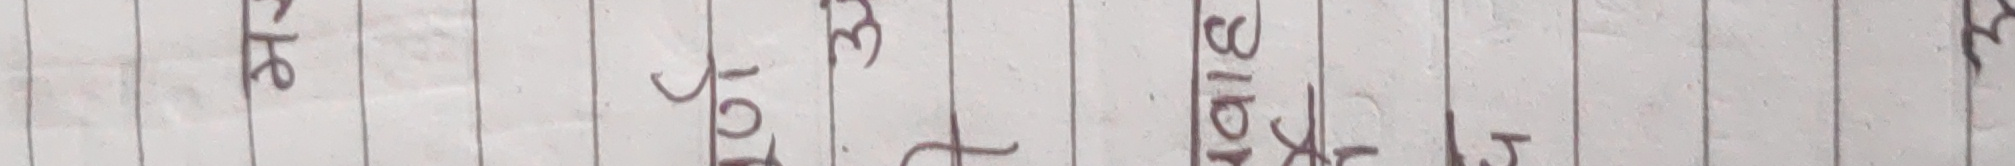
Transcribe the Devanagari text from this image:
अके होजेदित